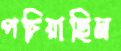
পচিয়াছিল